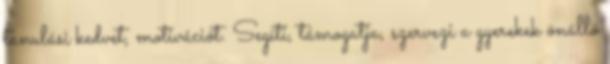
tanulási kedvet, motivációt. Segíti, támogatja, szervezi a gyerekek önálló